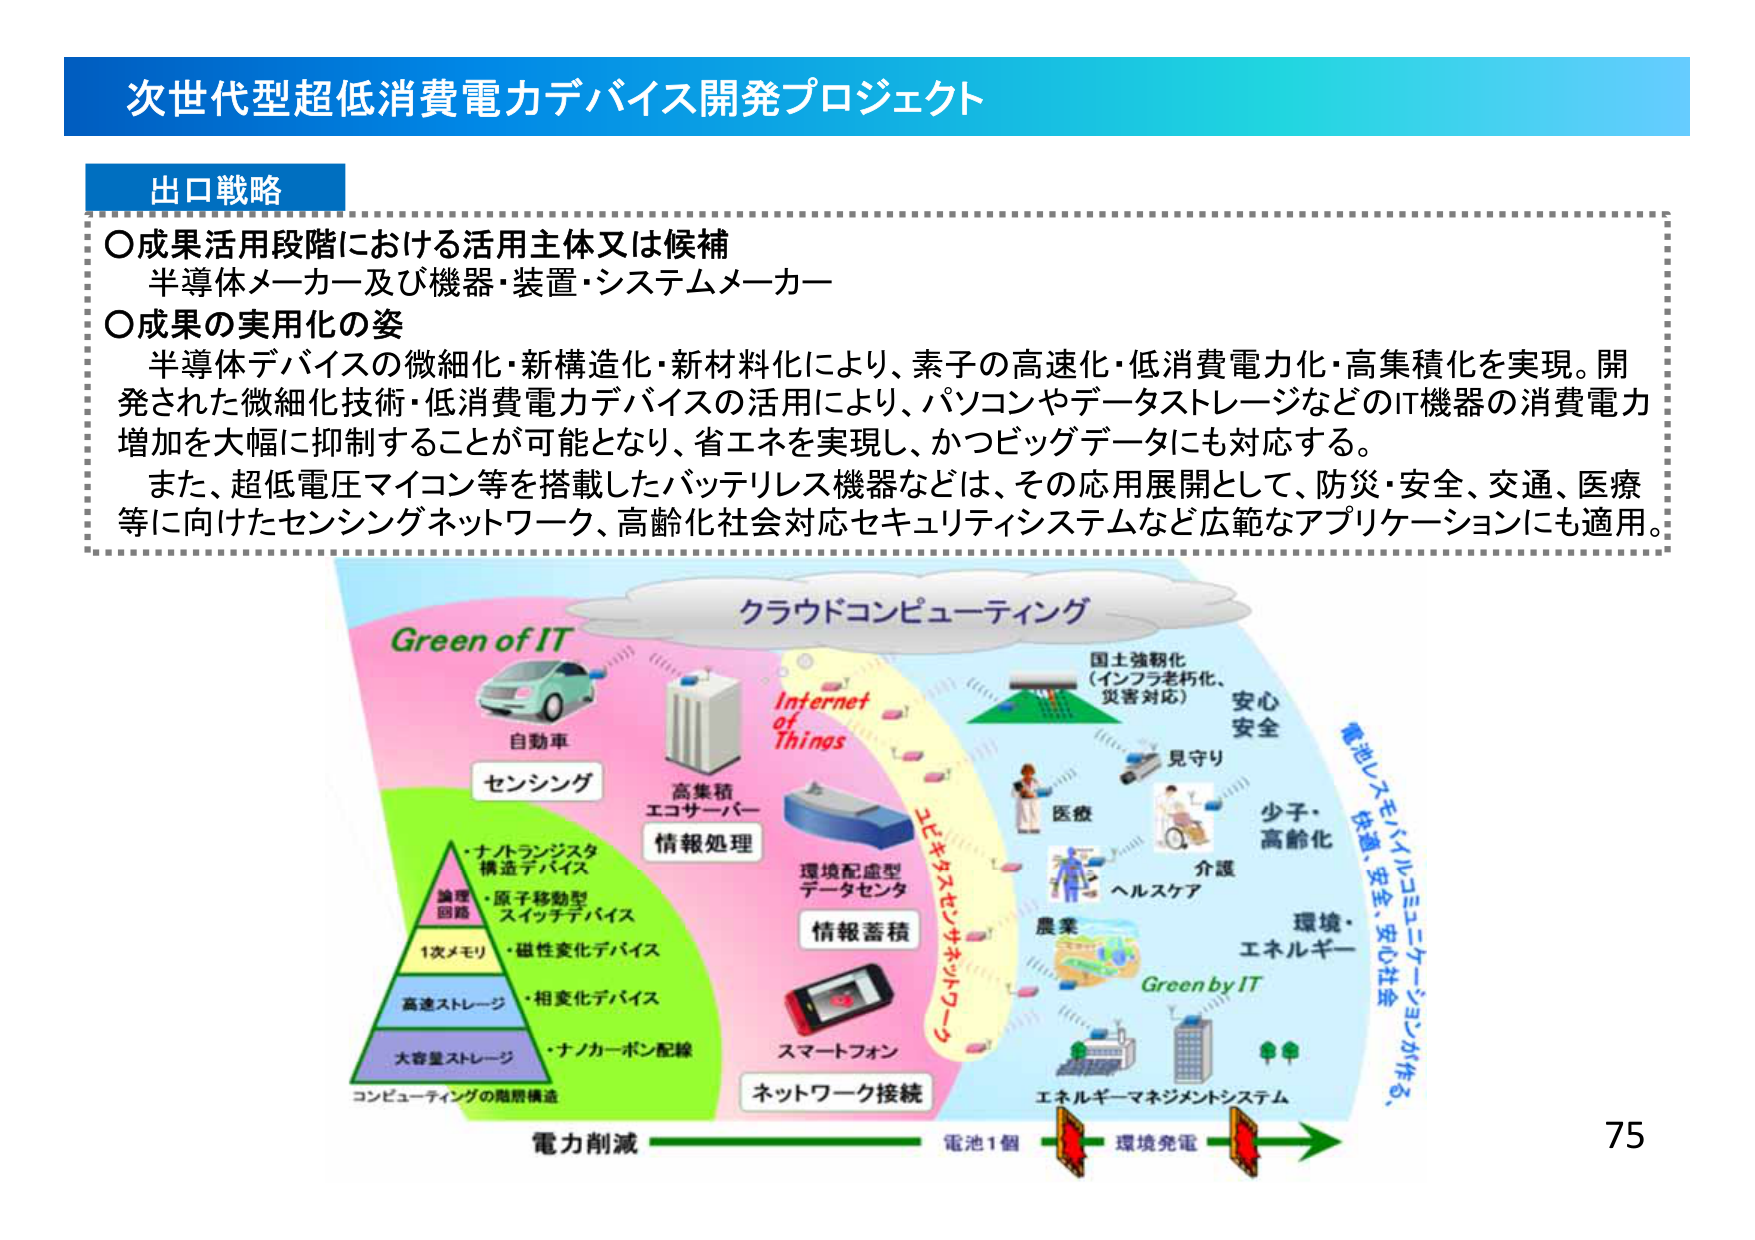
次世代型超低消費電力デバイス開発プロジェクト

出口戦略

〇成果活用段階における活用主体又は候補
半導体メーカー及び機器・装置・システムメーカー

〇成果の実用化の姿
半導体デバイスの微細化・新構造化・新材料化により、素子の高速化・低消費電力化・高集積化を実現。開発された微細化技術・低消費電力デバイスの活用により、パソコンやデータストレージなどのIT機器の消費電力増加を大幅に抑制することが可能となり、省エネを実現し、かつビッグデータにも対応する。
また、超低電圧マイコン等を搭載したバッテリレス機器などは、その応用展開として、防災・安全、交通、医療等に向けたセンシングネットワーク、高齢化社会対応セキュリティシステムなど広範なアプリケーションにも適用。

Green of IT
自動車
センシング
高集積
エコサーバー
情報処理
Internet of Things
環境配慮型
データセンタ
情報蓄積
スマートフォン
ネットワーク接続
コンピューティングの階層構造
・ナノトランジスタ
構造デバイス
・原子移動型
スイッチデバイス
・磁性変化デバイス
・相変化デバイス
・ナノカーボン配線
論理
回路
1次メモリ
高速ストレージ
大容量ストレージ
クラウドコンピューティング
国土強靭化
（インフラ老朽化、
災害対応）
安心
安全
見守り
医療
介護
ヘルスケア
少子・
高齢化
環境・
エネルギー
農業
Green by IT
エネルギー・マネジメントシステム
電池レスモバイルコミュニケーションが作る、
快適、安全、安心社会
電力削減
電池1個
環境発電
75